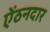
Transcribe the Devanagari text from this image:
ऐंठनदार